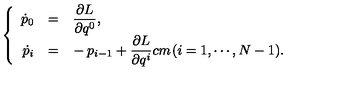
\left\{ \begin{array} { r c l } { \dot { p } _ { 0 } } & { = } & { \displaystyle \frac { \partial L } { \partial q ^ { 0 } } , \vspace { 2 m m } } \\ { \dot { p } _ { i } } & { = } & { \displaystyle \mathrm { } \! - p _ { i - 1 } + \frac { \partial L } { \partial q ^ { i } } \makebox [ 1 c m ] { } ( i = 1 , \cdots , N - 1 ) . } \\ \end{array} \right.